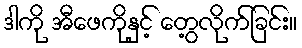
ဒါကို အီဖေကိုနှင့် တွေ့လိုက်ခြင်း။